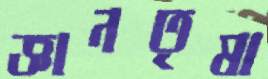
জ্ঞানতৃষা